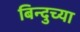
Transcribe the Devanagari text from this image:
बिन्दुच्या